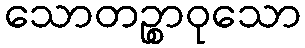
သောတဉ္စာဝုသော